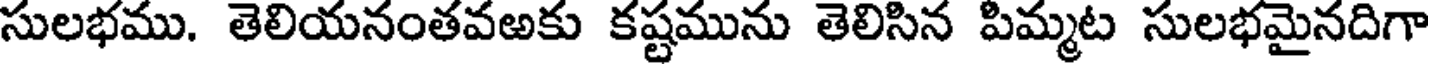
సులభము. తెలియనంతవఱకు కష్టమును తెలిసిన పిమ్మట సులభమైనదిగా